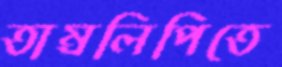
তাম্রলিপিতে